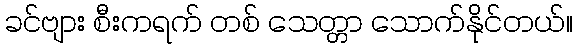
ခင်ဗျား စီးကရက် တစ် သေတ္တာ သောက်နိုင်တယ်။